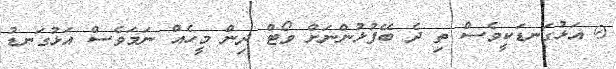
@ އަޅުގަނޑަކީވެސް ތި ދެ ބޭފުޅުންނަށް ވޯޓް ދިން މީހެއް ނަމަވެސް އަޅުގަނޑު